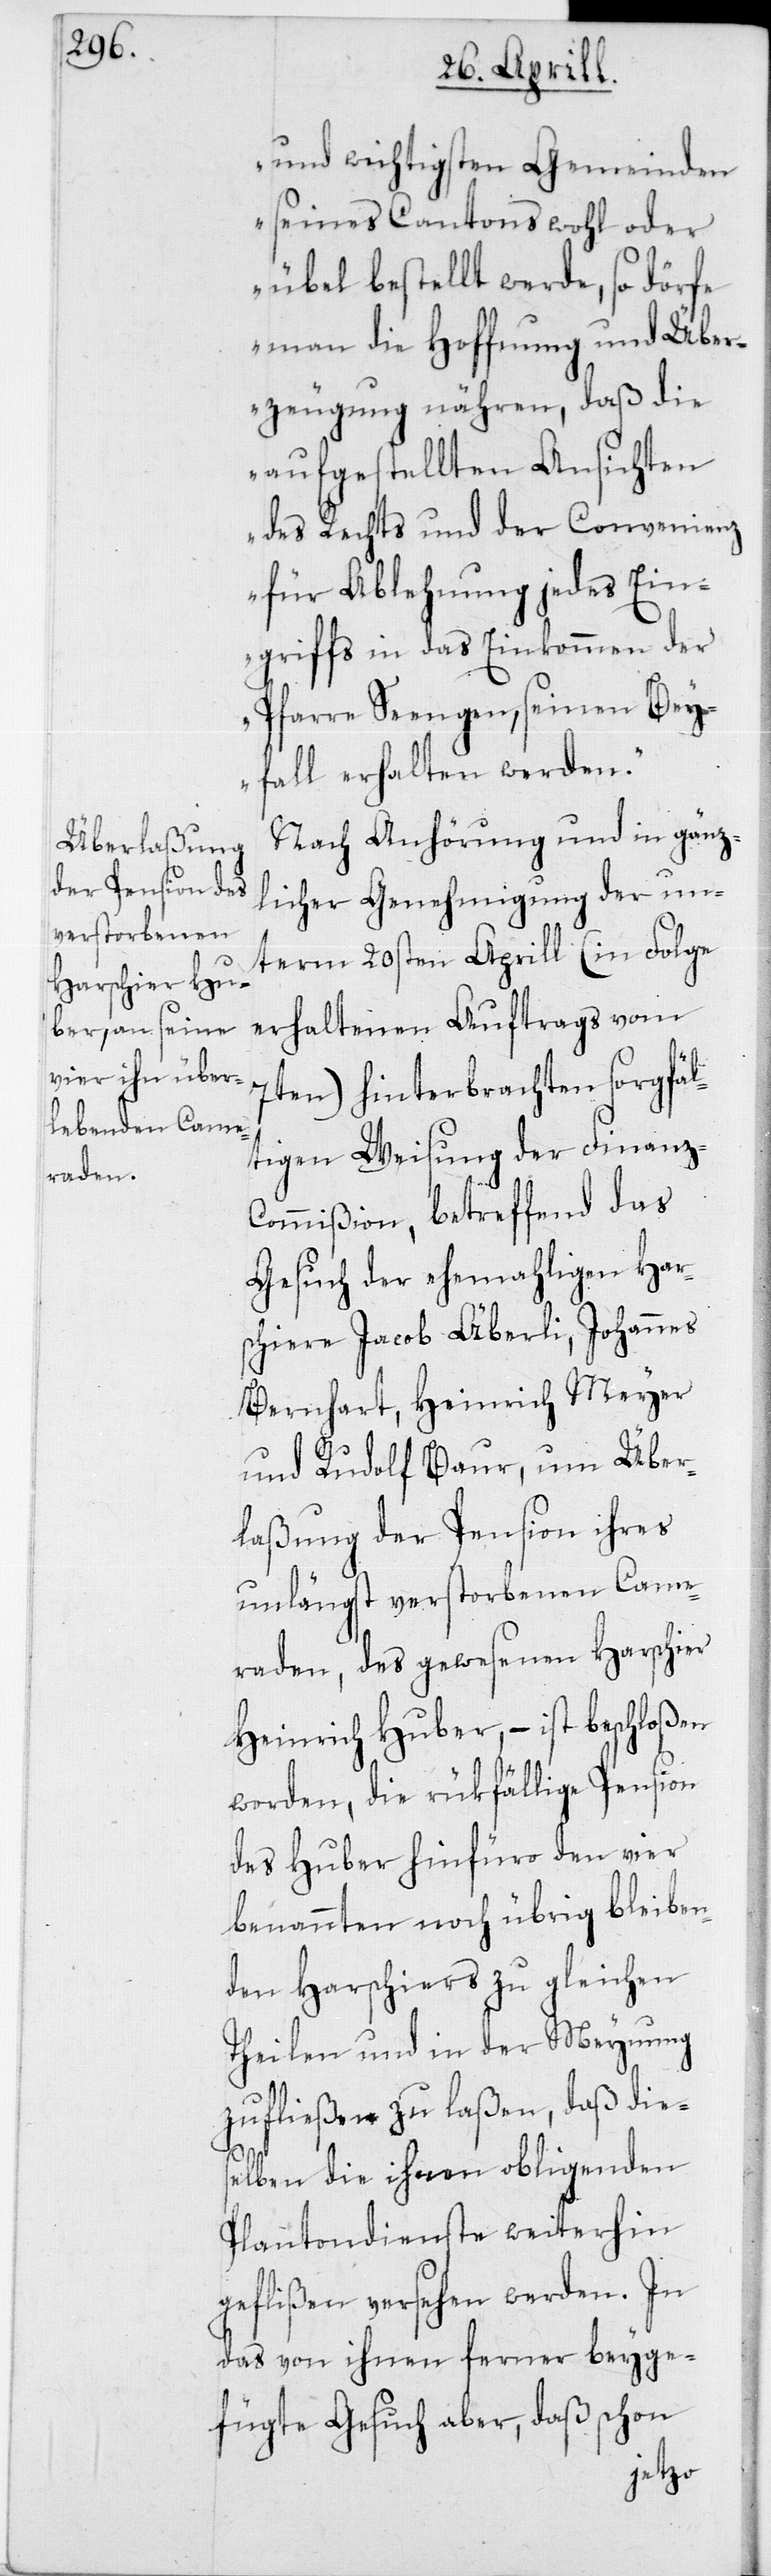
und wichtigsten Gemeinden
seines Cantons wohl oder
übel bestellt werde, so dörfe
man die Hoffnung und Über¬
zeugung nähren, daß die
aufgestellten Ansichten
des Rechts und der Convenienz
für Ablehnung jedes Ein¬
griffs in das Einkommen der
Pfarre Seengen, seinen Bey¬
fall erhalten werden.“
Nach Anhörung und in gänz¬
licher Genehmigung der un¬
term 20sten Aprill (in Folge
erhaltenen Auftrags vom
7ten) hinterbrachten sorgfäl¬
tigen Weisung der Finanz-C¬
ommißion, betreffend das
Gesuch der ehemahligen Har¬
schiere Jacob Äberli, Johannes
Bernhart, Heinrich Meyer
und Rudolf Baur, um Über¬
laßung der Pension ihres
unlängst verstorbenen Came¬
raden, des gewesenen Harschier
Heinrich Huber, – ist beschloßen
worden, die rükfällige Pension
des Huber hinfüro den vier
benannten noch übrig bleiben¬
den Harschiers zu gleichen
Theilen und in der Meynung
zufließen zu laßen, daß die¬
selben die ihnen obligenden
Plantondienste weiterhin
geflißen versehen werden. In
das von ihnen ferner beyge¬
fügte Gesuch aber, daß schon